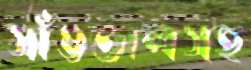
সাঁওতালসহ